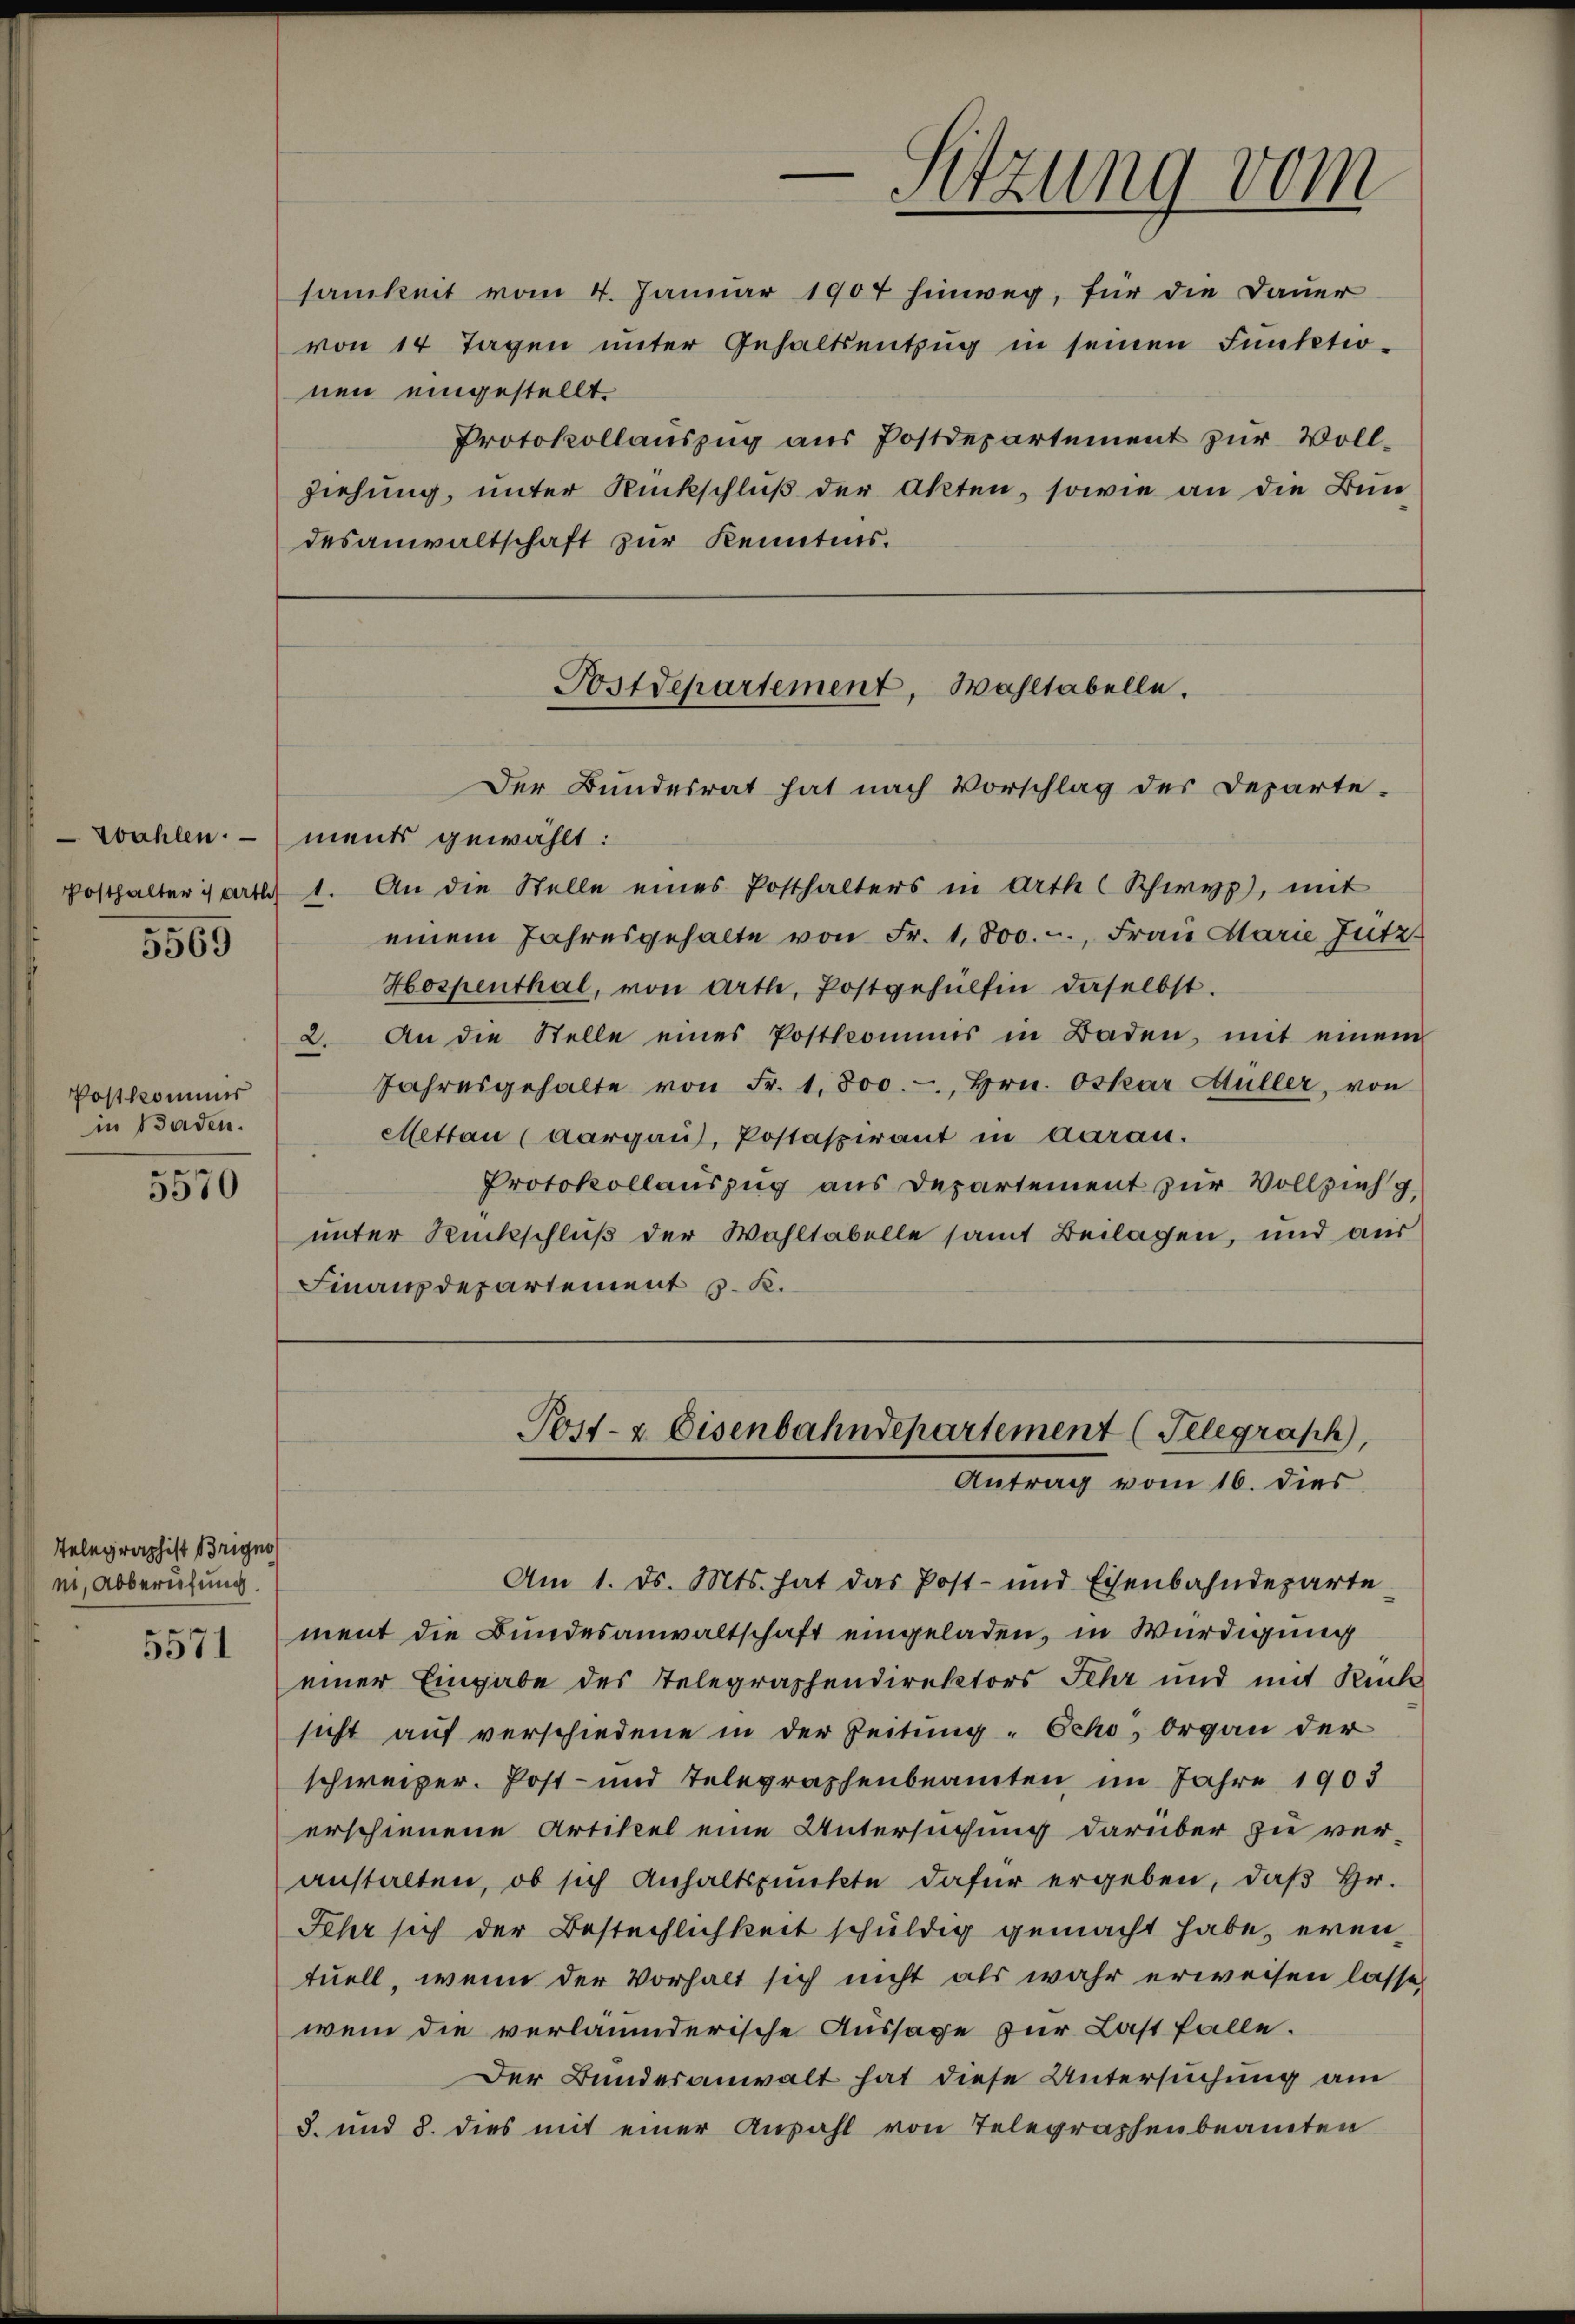
5569

Postkommis
in Baden.

5570

Telegraphist Brigno
ni, Abberufung.

5571

samkeit vom 4. Januar 1907 hinweg, für die Dauer
von 14 Tagen ŭnter Gehaltsentzŭg in seinen Funketio-
nen eingestellt.
Protokollauszug aus Postdepartement zur Vollziehung, unter Rückschluß der Akten, sowie an die Bun
desanwaltschaft zur Kenntnis.

Der Bundesrat hat nach Vorschlag des Departe.
Wahlen. - ments gewählt:
Posthalter statt 1. An die Stelle eines Posthalters in Arth Schwyz, mit
einem Jahresgehalte von Fr. 1,800.-, Frau Marie Jutz.
Hospenthal, von Arth, Postgehülfen daselbst.
2. An die Stelle eines Postkommis in Baden, mit einem
Jahresgehalte von Fr. 1,800.-, Hrn. Oskar Müller, von
Mettau (Aargau, Postaspirant in darau.
Protokollauszug aus Departement zur Vollzieh g
unter Rückschluß der Wahltabelle samt Beilagen, und aus
Finanzdepartement v. K.

Postdepartement, Wahltabelle.

.
Sitzung vom

Post- & Eisenbahndepartement (Telegraph,
Antrag vom 16. dies

Am 1. ds. Mts. hat das Post- und Eisenbahndeparte
ment die Bundesanwaltschaft eingeladen, in Würdigung
einer Eingabe des Telegraphendirektors Sehr und mit Rück
sicht auf verschiedene in der Zeitung „Ocho, Organ der
schweizer. Post- und Telegraphenbeamten im Jahre 1903
erschienene Artikel eine Untersuchung darüber zu ver-
anstalten, ob sich Anhaltspunkte dafür ergeben, daß Hr.
Jehr sich der Bestechlichkeit schuldig gemacht habe, eventuell, wenn der Vorhalt sich nicht als wahr erweisen lasse,
wem die verläumderische Aussage zur Last falle.
Der Bundesanwalt hat diese Untersuchung am
3. und 8. dies mit einer Anzahl von Telegraphenbeamten